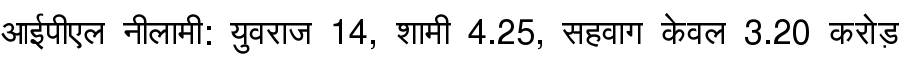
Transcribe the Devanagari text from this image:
आईपीएल नीलामी: युवराज 14, शामी 4.25, सहवाग केवल 3.20 करोड़